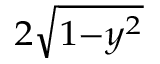
\scriptstyle 2 { \sqrt { 1 - y ^ { 2 } } }